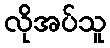
လိုအပ်သူ